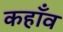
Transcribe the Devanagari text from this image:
कहाँव